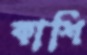
কাশি